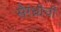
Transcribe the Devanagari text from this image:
सैरंध्रीची